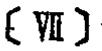
\text{[ VII ]}